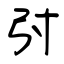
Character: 弣